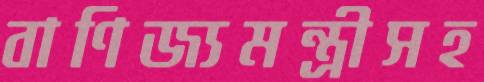
বাণিজ্যমন্ত্রীসহ